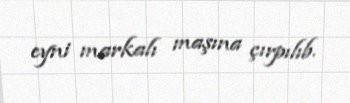
eyni markalı maşına çırpılıb.